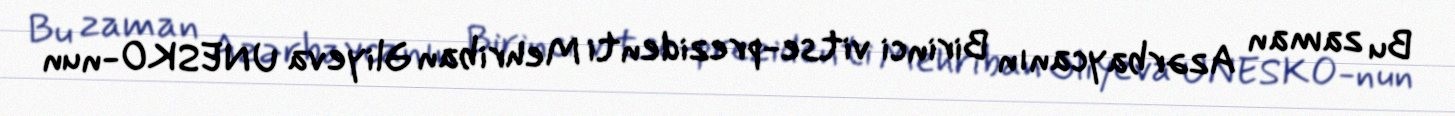
Bu zaman Azərbaycanın Birinci vitse-prezidenti Mehriban Əliyeva UNESKO-nun